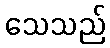
သေသည်